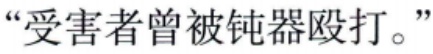
“受害者曾被钝器殴打。”